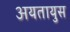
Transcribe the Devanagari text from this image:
अयतायुस